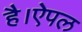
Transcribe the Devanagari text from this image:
है।ऐपल